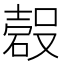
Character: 𱴧